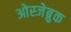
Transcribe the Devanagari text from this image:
ओस्जेब्रुक